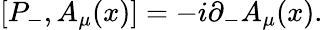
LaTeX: [P_{-},A_{\mu}(x)]=-i{\partial}_{-}A_{\mu}(x).